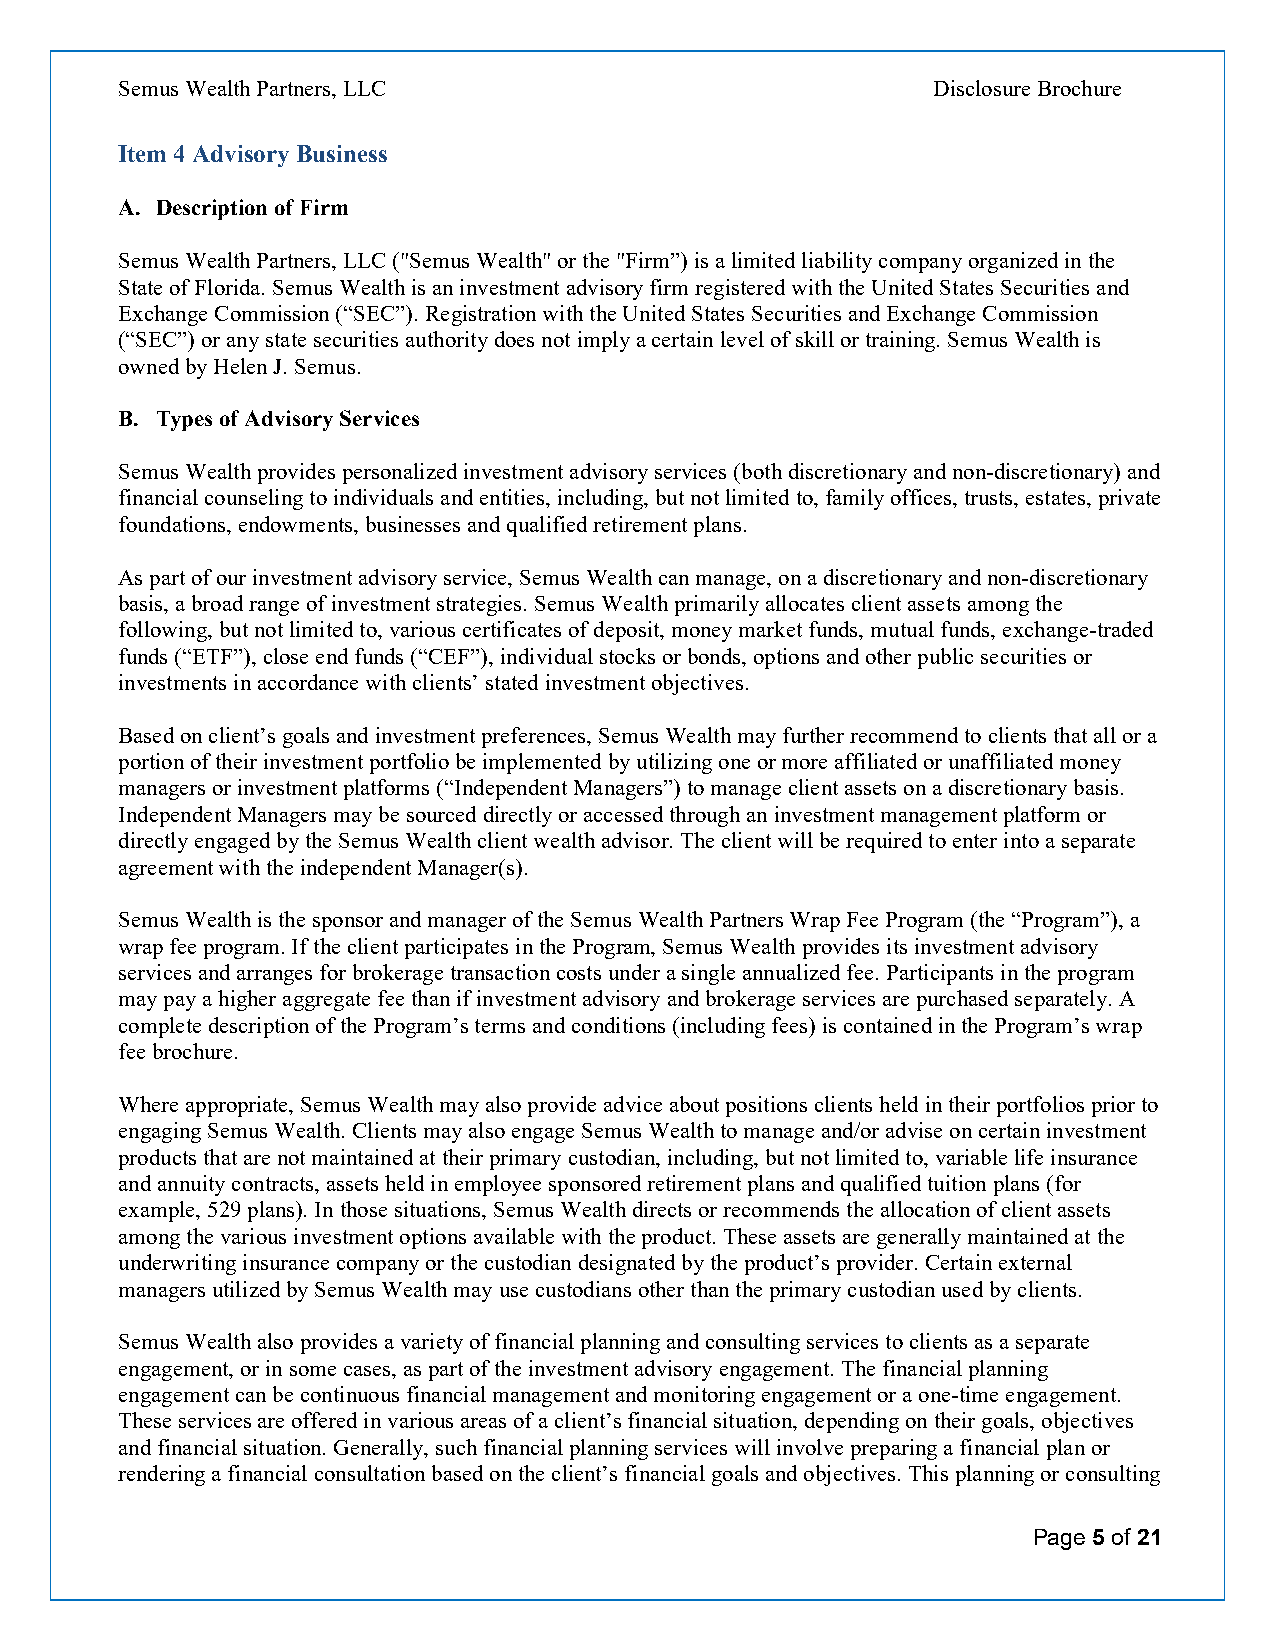
Semus Wealth Partners, LLC                            Disclosure Brochure
 Item 4 Advisory Business
 A. Description of Firm
 Semus Wealth Partners, LLC ("Semus Wealth" or the "Firm”) is a limited liability company organized in the
 State of Florida. Semus Wealth is an investment advisory firm registered with the United States Securities and
 Exchange Commission (“SEC”). Registration with the United States Securities and Exchange Commission
 (“SEC”) or any state securities authority does not imply a certain level of skill or training. Semus Wealth is
 owned by Helen J. Semus.
 B. Types of Advisory Services
 Semus Wealth provides personalized investment advisory services (both discretionary and non-discretionary) and
 financial counseling to individuals and entities, including, but not limited to, family offices, trusts, estates, private
 foundations, endowments, businesses and qualified retirement plans.
 As part of our investment advisory service, Semus Wealth can manage, on a discretionary and non-discretionary
 basis, a broad range of investment strategies. Semus Wealth primarily allocates client assets among the
 following, but not limited to, various certificates of deposit, money market funds, mutual funds, exchange-traded
 funds (“ETF”), close end funds (“CEF”), individual stocks or bonds, options and other public securities or
 investments in accordance with clients’ stated investment objectives.
 Based on client’s goals and investment preferences, Semus Wealth may further recommend to clients that all or a
 portion of their investment portfolio be implemented by utilizing one or more affiliated or unaffiliated money
 managers or investment platforms (“Independent Managers”) to manage client assets on a discretionary basis.
 Independent Managers may be sourced directly or accessed through an investment management platform or
 directly engaged by the Semus Wealth client wealth advisor. The client will be required to enter into a separate
 agreement with the independent Manager(s).
 Semus Wealth is the sponsor and manager of the Semus Wealth Partners Wrap Fee Program (the “Program”), a
 wrap fee program. If the client participates in the Program, Semus Wealth provides its investment advisory
 services and arranges for brokerage transaction costs under a single annualized fee. Participants in the program
 may pay a higher aggregate fee than if investment advisory and brokerage services are purchased separately. A
 complete description of the Program’s terms and conditions (including fees) is contained in the Program’s wrap
 fee brochure.
 Where appropriate, Semus Wealth may also provide advice about positions clients held in their portfolios prior to
 engaging Semus Wealth. Clients may also engage Semus Wealth to manage and/or advise on certain investment
 products that are not maintained at their primary custodian, including, but not limited to, variable life insurance
 and annuity contracts, assets held in employee sponsored retirement plans and qualified tuition plans (for
 example, 529 plans). In those situations, Semus Wealth directs or recommends the allocation of client assets
 among the various investment options available with the product. These assets are generally maintained at the
 underwriting insurance company or the custodian designated by the product’s provider. Certain external
 managers utilized by Semus Wealth may use custodians other than the primary custodian used by clients.
 Semus Wealth also provides a variety of financial planning and consulting services to clients as a separate
 engagement, or in some cases, as part of the investment advisory engagement. The financial planning
 engagement can be continuous financial management and monitoring engagement or a one-time engagement.
 These services are offered in various areas of a client’s financial situation, depending on their goals, objectives
 and financial situation. Generally, such financial planning services will involve preparing a financial plan or
 rendering a financial consultation based on the client’s financial goals and objectives. This planning or consulting
 Page 5 of 21